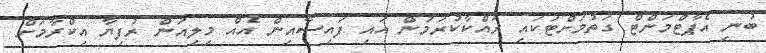
ބުނި އެޕާޓްމަންޓް ގަތުމަށްޓަކައި ރައްކާކުރަމުން އައި ފައިސާއިން އެއް މިލިއަން ރުފިޔާ އިކްރާމަށް